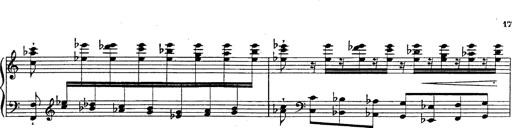
Title: Fantasie Ã¼ber Themen aus Mozarts Figaro und Don Giovanni
Composer: Franz Liszt